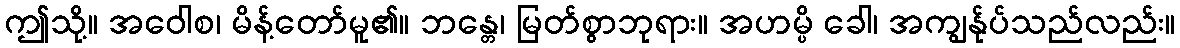
ဤသို့။ အဝေါစ၊ မိန့်တော်မူ၏။ ဘန္တေ၊ မြတ်စွာဘုရား။ အဟမ္ပိ ခေါ၊ အကျွန်ုပ်သည်လည်း။